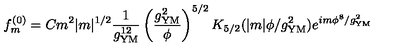
f _ { m } ^ { ( 0 ) } = C m ^ { 2 } | m | ^ { 1 / 2 } \frac { 1 } { g _ { \mathrm { Y M } } ^ { 1 2 } } \left( \frac { g _ { \mathrm { Y M } } ^ { 2 } } { \phi } \right) ^ { 5 / 2 } K _ { 5 / 2 } ( | m | \phi / g _ { \mathrm { Y M } } ^ { 2 } ) e ^ { i m \phi ^ { 8 } / g _ { \mathrm { Y M } } ^ { 2 } }